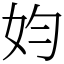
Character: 㚬